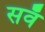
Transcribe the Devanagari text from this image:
सवँ